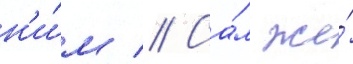
н'и́м // Са́м же́